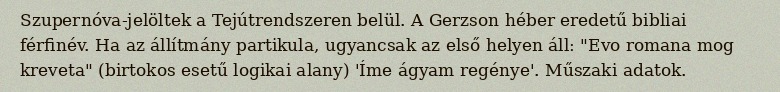
Szupernóva-jelöltek a Tejútrendszeren belül. A Gerzson héber eredetű bibliai férfinév. Ha az állítmány partikula, ugyancsak az első helyen áll: "Evo romana mog kreveta" (birtokos esetű logikai alany) 'Íme ágyam regénye'. Műszaki adatok.